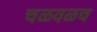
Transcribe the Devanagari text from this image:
चळवळच